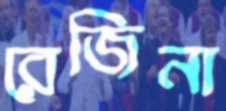
রেজিনা